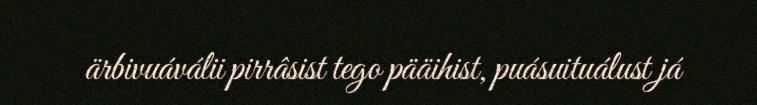
ärbivuáválii pirrâsist tego pääihist, puásuituálust já